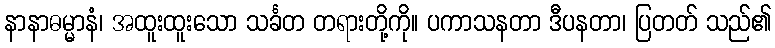
နာနာဓမ္မာနံ၊ အထူးထူးသော သင်္ခတ တရားတို့ကို။ ပကာသနတာ ဒီပနတာ၊ ပြတတ် သည်၏